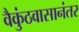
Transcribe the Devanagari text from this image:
वैकुंठवासानंतर